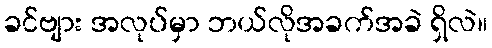
ခင်ဗျား အလုပ်မှာ ဘယ်လိုအခက်အခဲ ရှိလဲ။